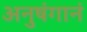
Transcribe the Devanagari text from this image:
अनुषंगानं